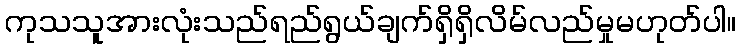
ကုသသူအားလုံးသည်ရည်ရွယ်ချက်ရှိရှိလိမ်လည်မှုမဟုတ်ပါ။